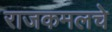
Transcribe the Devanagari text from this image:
राजकमलचे